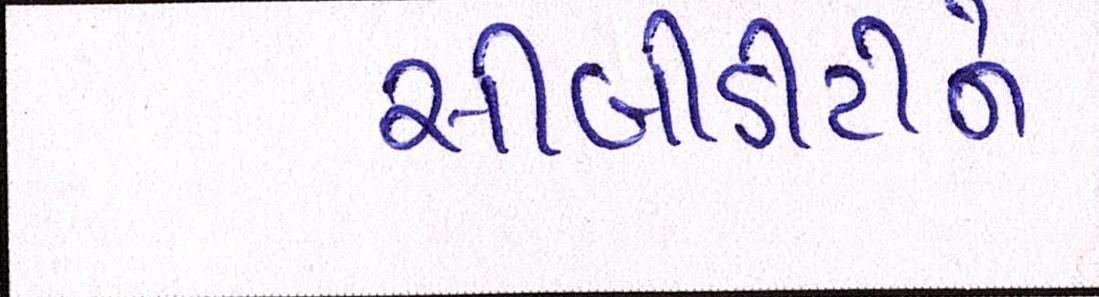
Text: સીબીડીટીને